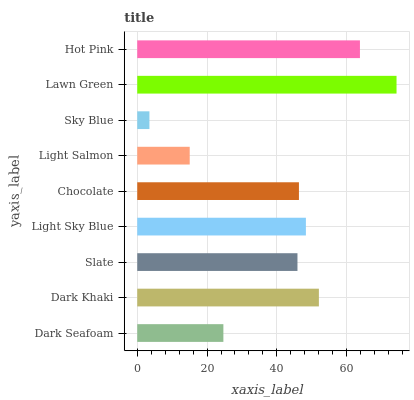
| yaxis_label | bars |
 | --- | --- |
 | Dark Seafoam | 24.7 |
 | Dark Khaki | 52 |
 | Slate | 45.9 |
 | Light Sky Blue | 48.3 |
 | Chocolate | 46.3 |
 | Light Salmon | 15 |
 | Sky Blue | 3.49 |
 | Lawn Green | 74.3 |
 | Hot Pink | 63.8 |